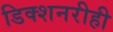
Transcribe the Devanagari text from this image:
डिक्शनरीही